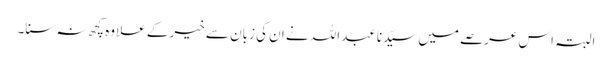
البتہ اس عرصے میں سیّدنا عبداللہ نے ان کی زبان سے خیر کے علاوہ کچھ نہ سنا۔